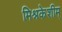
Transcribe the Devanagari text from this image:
मिश्रकेशीम्